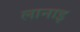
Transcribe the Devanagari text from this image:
लानाइ